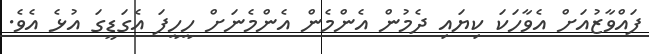
ފައްވާޒުއަށް އެވާހަކަ ކިޔައި ދެމުން އެންމެން އެންމެނަށް ހީހީފަ އެގަޑީގަ އުޅެ އެވެ.